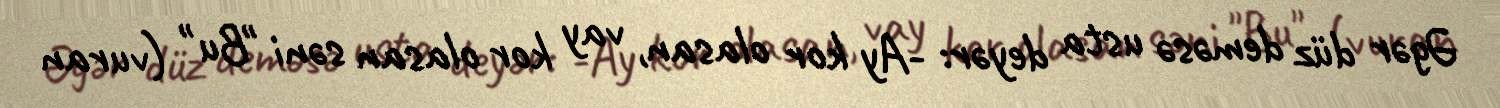
Əgər düz deməsə usta deyər: -Ay kor olasan, vay kor olasan səni "Bu" (vuran